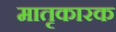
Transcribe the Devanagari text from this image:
मातृकारक